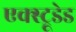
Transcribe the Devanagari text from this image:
एक्स्ट्रूडेड